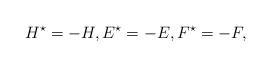
LaTeX: \begin{align*} H^\star = -H, E^\star = - E, F^\star = - F,\end{align*}